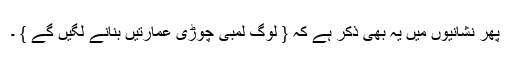
پھر نشانیوں میں یہ بھی ذکر ہے کہ { لوگ لمبی چوڑی عمارتیں بنانے لگیں گے } ۔